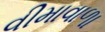
વીમાવાળા